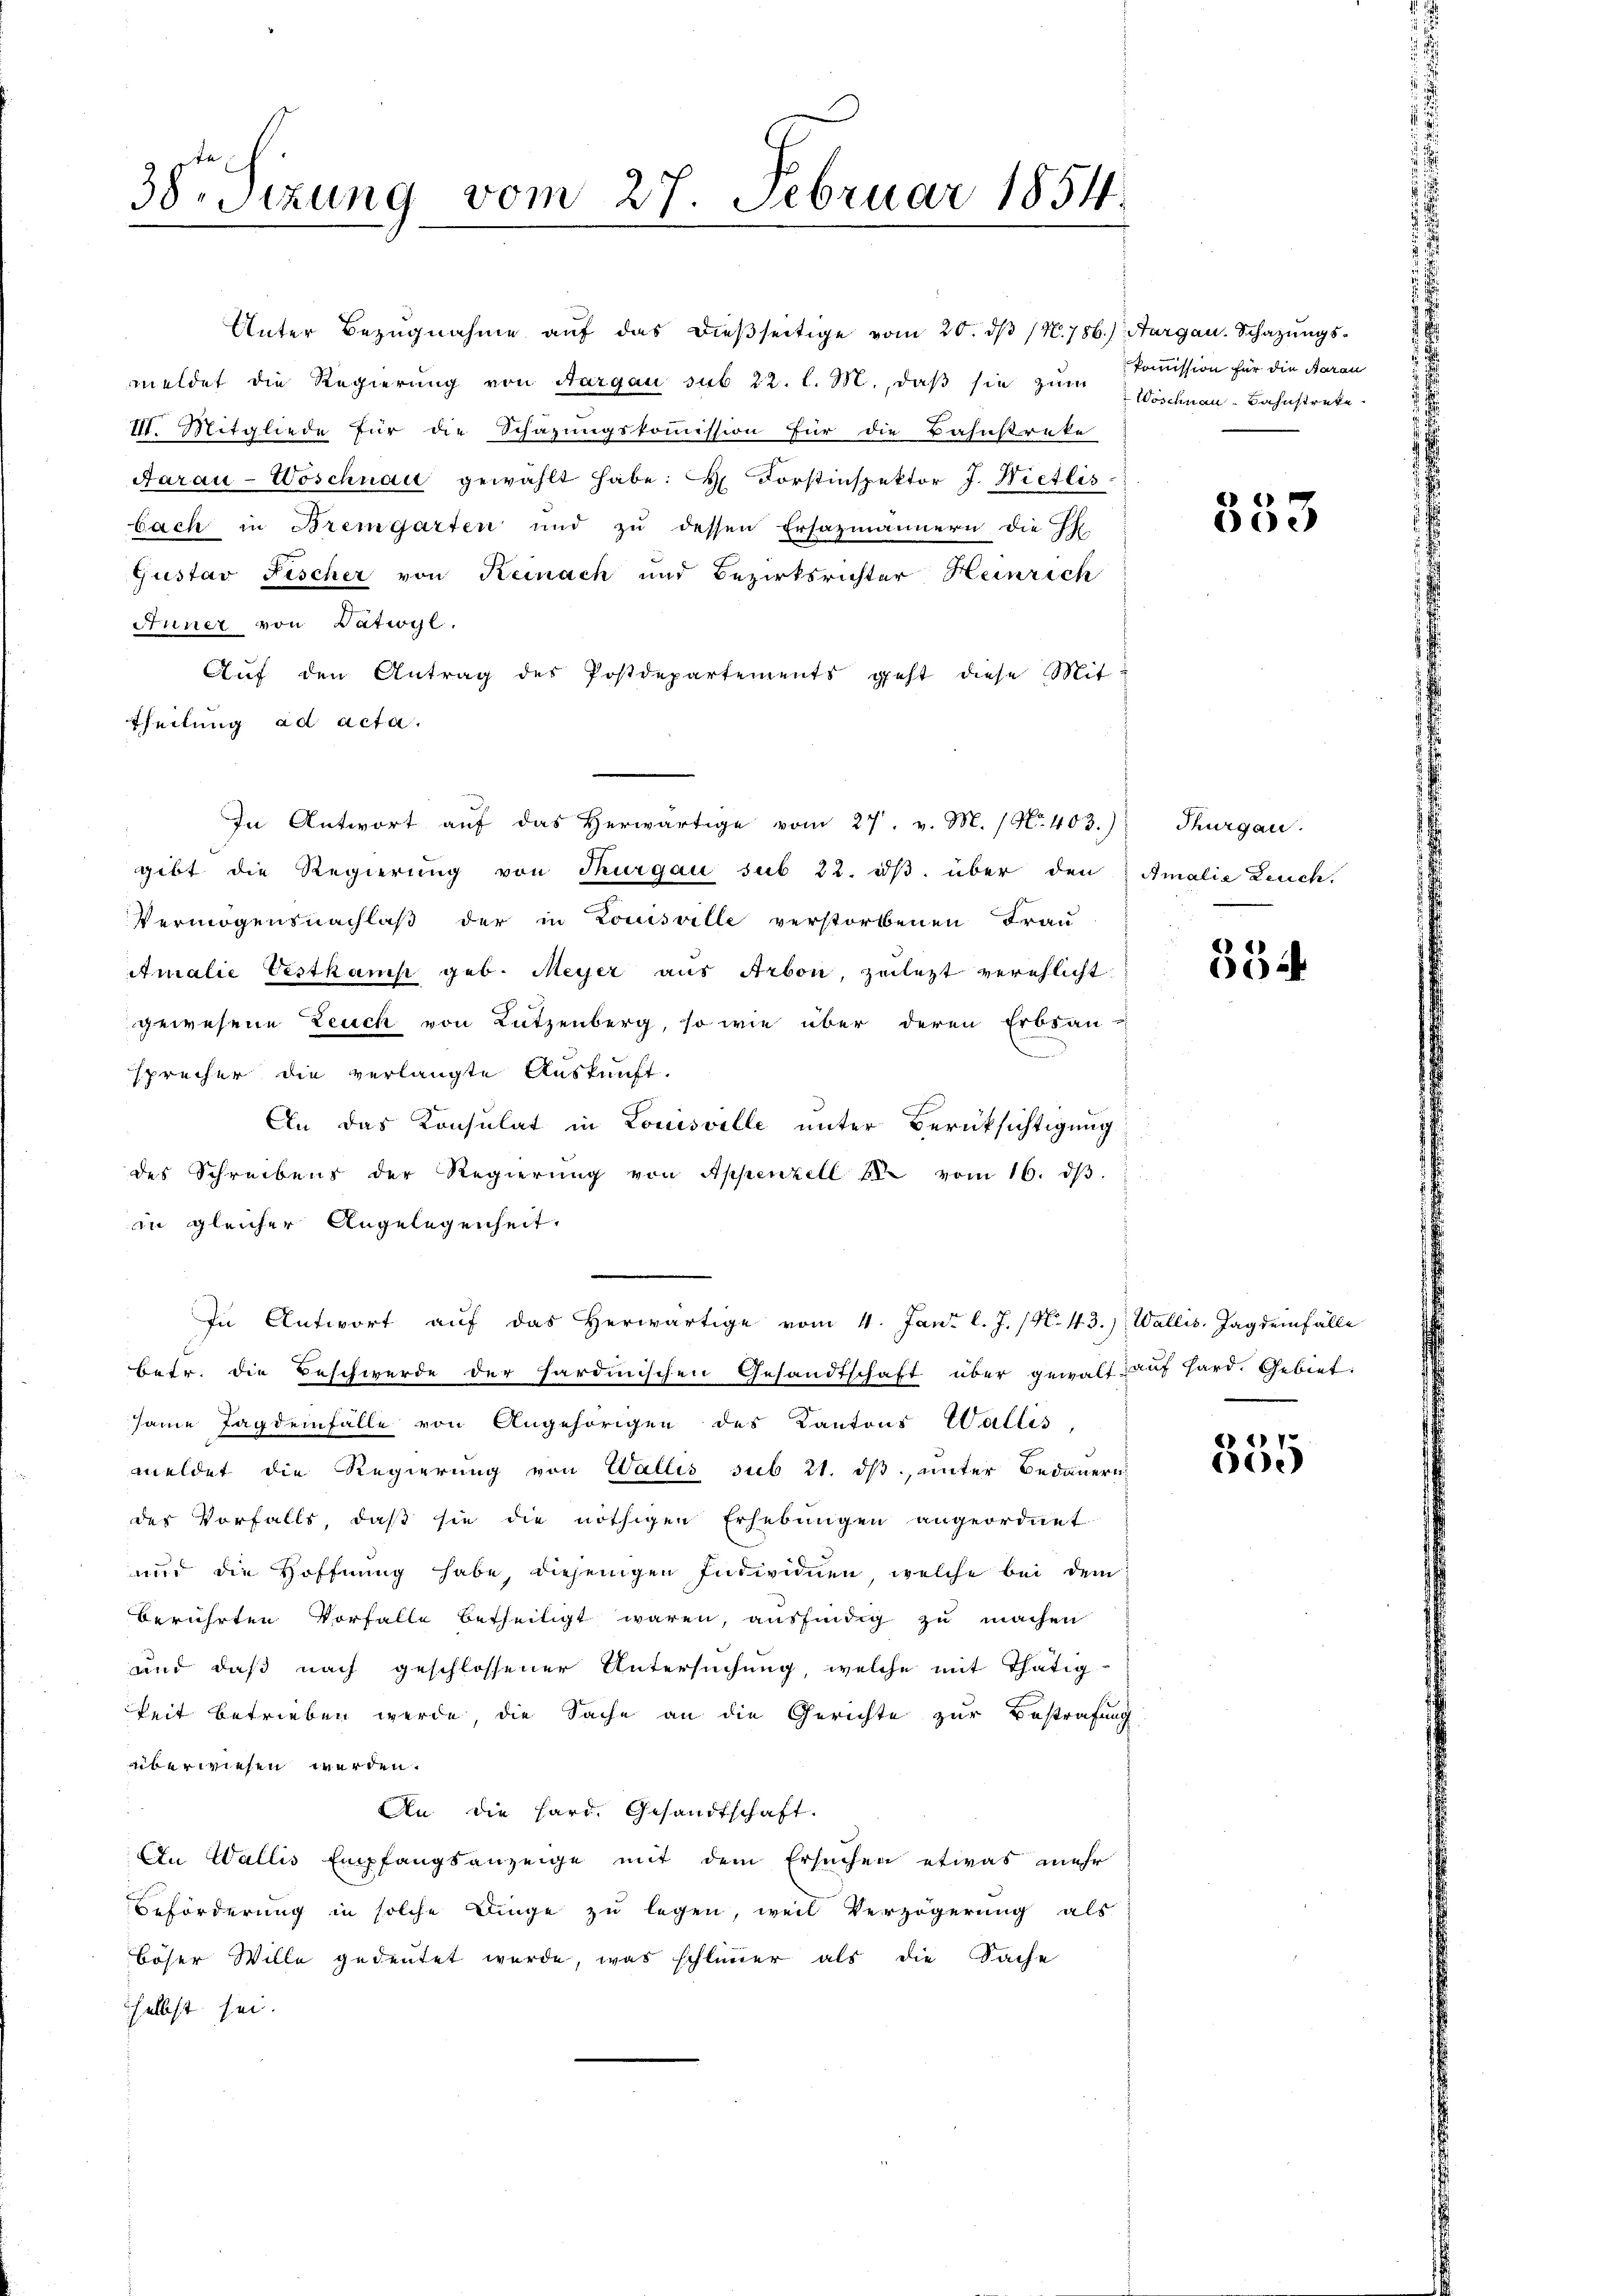
38. Sizung vom 27. Februar 1854.

Unter Bezugnahme auf das dießseitige vom 20. dβ (N. 786.) Aargau. Schazungsmeldet die Regierung von Aargau sub 22. l. M., daß sie zum Kommission für die Aarau
III. Mitgliede für die Schazungskommission für die Bahnstreke
Aarau-Woschnau gewählt habe: H. Forstinspektor J. Wietlis
bach in Bremgarten und zu dessen Ersazmännern die H
Gustav Fischer von Reinach und Bezirksrichter Heinrich
Hüner von Dätwyl,
Aŭf den Antrag des Postdepartements geht diese Mit¬
Theilung ad acta.
In Antwort auf das herwärtige vom 27. v. M. / No. 403.)
gibt die Regierung von Thurgau sub 22. dβ über den Amalie Leuch
Vermögensnachlaß der in Louisville verstorbenen Frau
Amalić Vestkamp geb. Meyer aŭs Arbon, zulezt verehlicht.
gewesene Leuch von Lutzenberg, so wie über deren Erbsau-
sprecher die verlangte Auskunft.
An das Konsulat in Louisville unter Berücksichtigung
des Schreibens der Regierŭng von Appenzell 28 vom 16. dβ.
in gleicher Angelegenheit.
In Antwort auf das herwärtige vom 4. Jani l. J. (N. 43.) Wallis. Jagdeifälle
betr. die Beschwerde der sardinischen Gesandtschaft über gewalt auf Hard. Gebiet:
same Jagdenfälle von Angehörigen des Kantons Wallis,
meldet die Regierung von Wallis sub 21. ds., unter Bedauern
des Vorfalls, daß sie die nöthigen Erhebungen angeordnet
und die Hoffnung habe, diejenigen Individuen, welche bei dem
berührten Vorfalle betheiligt waren, ausfindig zu machen
und daß nach geschlossener Untersuchung, welche mit Thätig-
keit betrieben werde die Sache an die Gerichte zur Bestrafung
überwiesen werden.
An die Hard. Gesandtschaft.
An Wallis Empfangsanzeige mit dem Ersuchen etwas mehr
Beförderung in solche Dinge zu legen, weil Verzögerung als
böser Wille gedeutet wurde, was schlimmer als die Sache
selbst sei.

Woschnau-Bahnstrete

553

Thurgau.

354.

617.
60.)